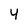
Character: 4